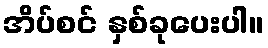
အိပ်စင် နှစ်ခုပေးပါ။